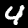
Digit: 4